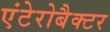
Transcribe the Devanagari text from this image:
एंटेरोबैक्टर